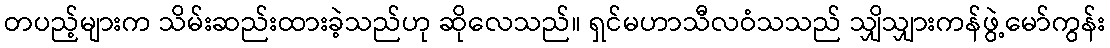
တပည့်များက သိမ်းဆည်းထားခဲ့သည်ဟု ဆိုလေသည်။ ရှင်မဟာသီလဝံသသည် သျှိသျှားကန်ဖွဲ့မော်ကွန်း